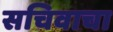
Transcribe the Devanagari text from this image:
सचिवाचा